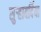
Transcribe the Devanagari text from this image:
सुर्‍हावर्दिया